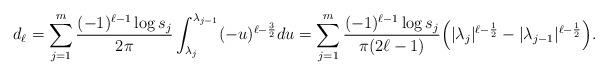
LaTeX: \begin{align*}d_{\ell} = \sum_{j=1}^{m} \frac{(-1)^{\ell - 1} \log s_{j}}{2\pi} \int_{\lambda_{j}}^{\lambda_{j-1}}(-u)^{\ell-\frac{3}{2}}du = \sum_{j=1}^{m} \frac{(-1)^{\ell - 1} \log s_{j}}{\pi (2\ell -1)} \Big( |\lambda_{j}|^{\ell-\frac{1}{2}}-|\lambda_{j-1}|^{\ell-\frac{1}{2}} \Big).\end{align*}